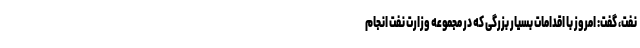
نفت، گفت: امروز با اقدامات بسیار بزرگی که در مجموعه وزارت نفت انجام